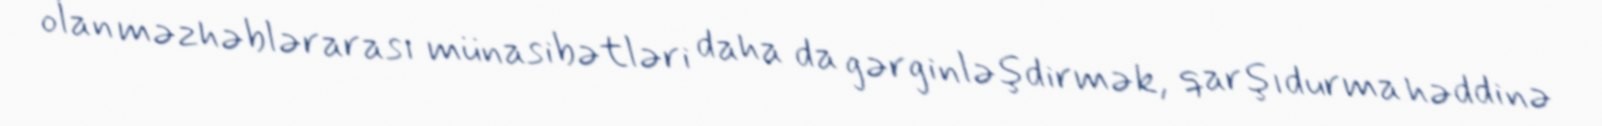
olan məzhəblərarası münasibətləri daha da gərginləşdirmək, qarşıdurma həddinə